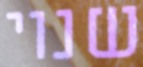
שנוי